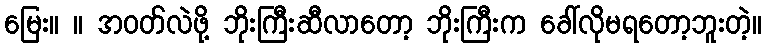
မြေး။ ။ အဝတ်လဲဖို့ ဘိုးကြီးဆီလာတော့ ဘိုးကြီးက ခေါ်လိုမရတော့ဘူးတဲ့။